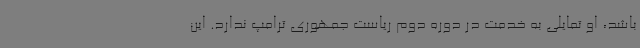
باشد، او تمایلی به خدمت در دوره دوم ریاست جمهوری ترامپ ندارد. این